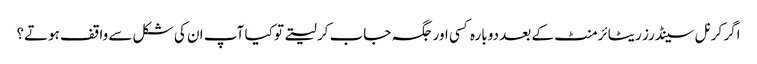
اگر کرنل سینڈرز ریٹائرمنٹ کے بعد دوبارہ کسی اور جگہ جاب کر لیتے تو کیا آپ ان کی شکل سے واقف ہوتے؟